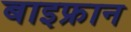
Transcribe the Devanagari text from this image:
बाइफ्रान